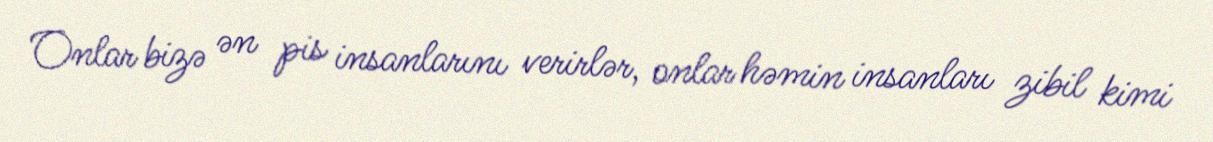
Onlar bizə ən pis insanlarını verirlər, onlar həmin insanları zibil kimi